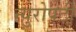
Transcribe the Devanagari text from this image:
न्युरोपटी